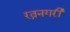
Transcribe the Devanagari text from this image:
रत्ननगरी